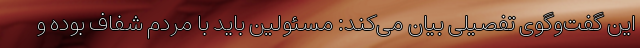
این گفت‌وگوی تفصیلی بیان می‌کند: مسئولین باید با مردم شفاف بوده و